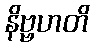
နိဗ္ဗဟတိ